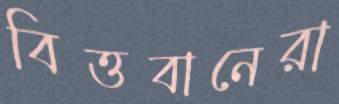
বিত্তবানেরা